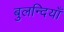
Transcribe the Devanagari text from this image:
बुलन्दियाँ